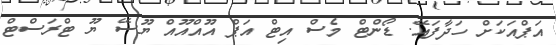
އަޕްއަކަށް ހަދާފައޭ. ޑޯންޓް މެސް އިޓް އަޕް އޫއްއޫއް ޔޫސޭ ޔޫ ޓްރަސްޓް